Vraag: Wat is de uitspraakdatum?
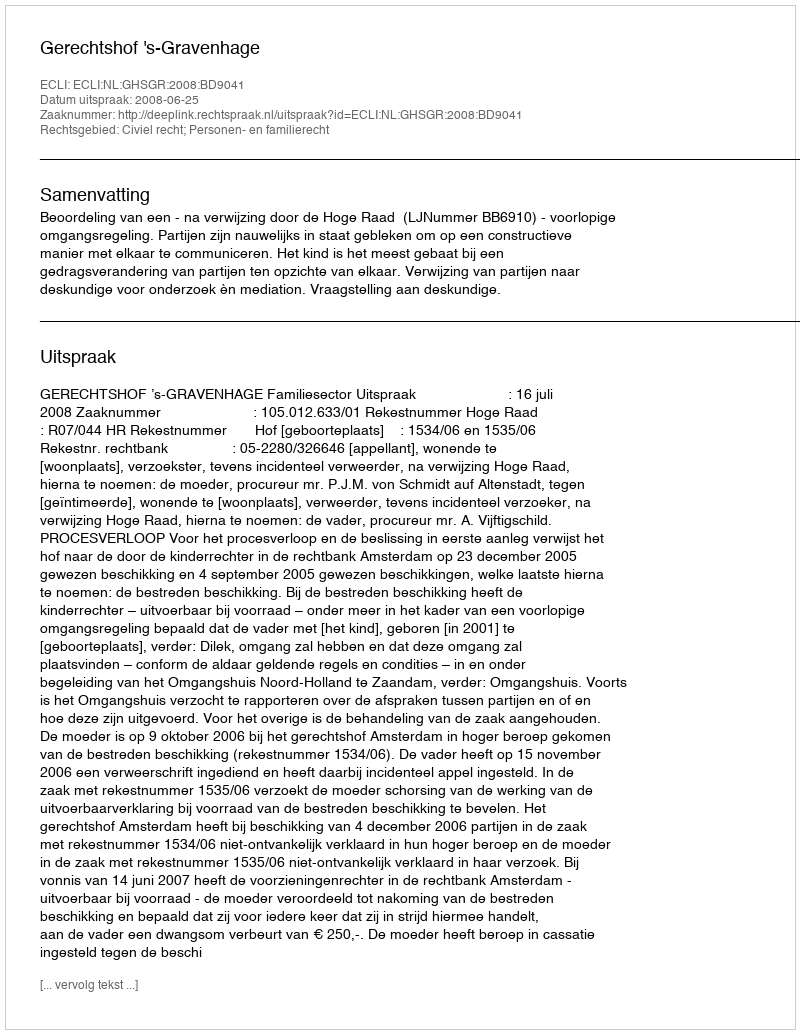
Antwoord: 2008-06-25